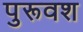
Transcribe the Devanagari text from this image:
पुरूवश